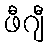
ဖီဂျီ